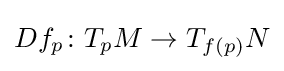
Df_{p}\colon T_{p}M\to T_{f(p)}N